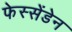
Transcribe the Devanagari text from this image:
फेस्सेंडेन